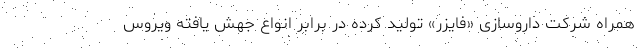
همراه شرکت داروسازی «فایزر» تولید کرده در برابر انواع جهش یافته ویروس